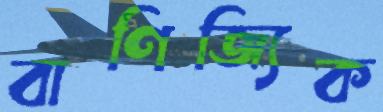
বাণিজ্যিক